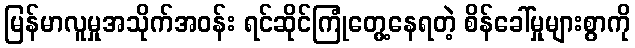
မြန်မာလူမှုအသိုက်အဝန်း ရင်ဆိုင်ကြုံတွေ့နေရတဲ့ စိန်ခေါ်မှုများစွာကို